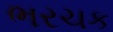
ભરચક